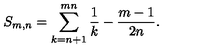
S _ { m , n } = \sum _ { k = n + 1 } ^ { m n } \frac { 1 } { k } - \frac { m - 1 } { 2 n } .